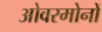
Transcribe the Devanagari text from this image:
ओवरमोनों